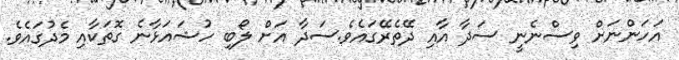
އަހަންނަށް ވިސްނެނީ ސަދާ އާއި ދޭތެރޭގައެވެ.ސަދާ އަށް ލޯބި ހުޝައަޅާނެ ގޮތަކާއި މެދުގައެވެ.